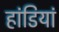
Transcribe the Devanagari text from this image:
हांडियां